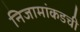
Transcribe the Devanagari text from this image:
निजामांकडची